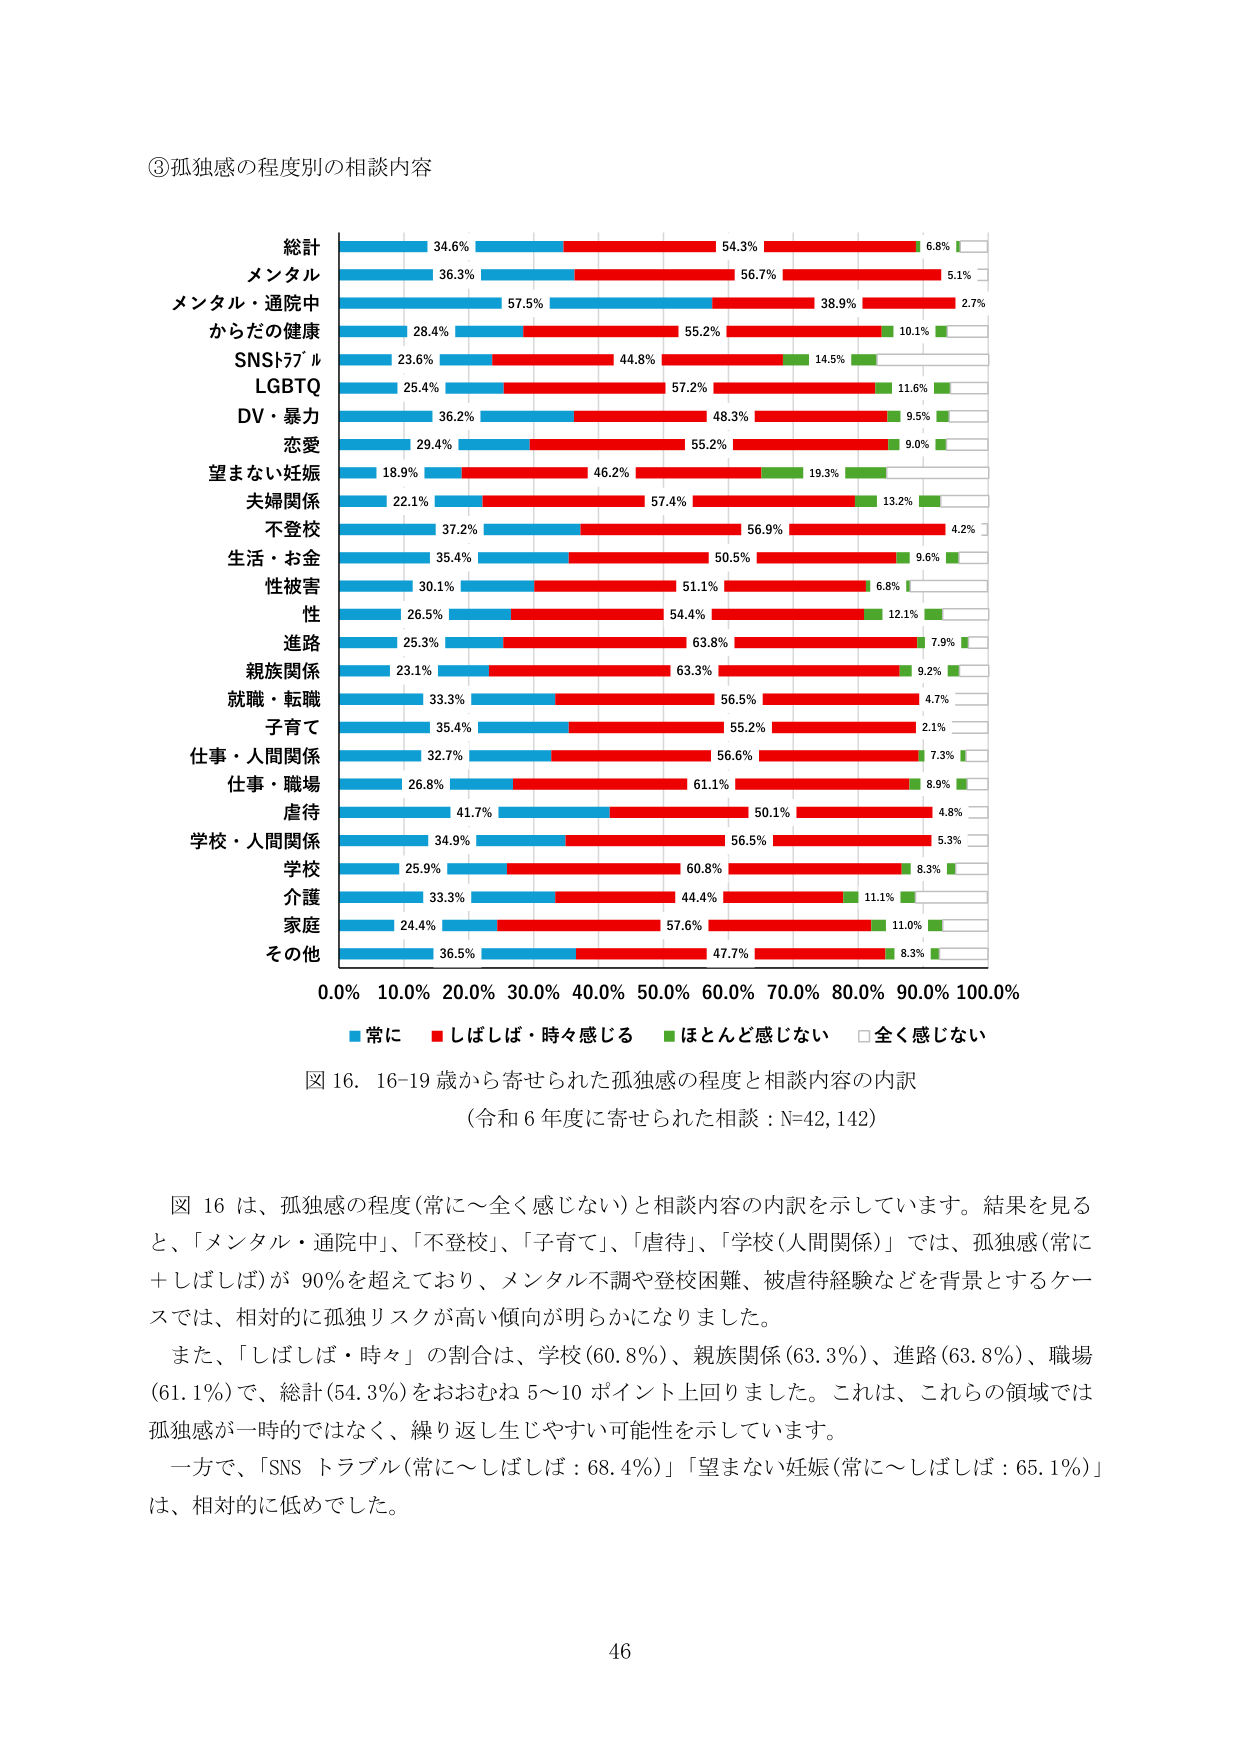
③孤独感の程度別の相談内容

総計 34.6% 54.3% 6.8%
メンタル 36.3% 56.7% 5.1%
メンタル・通院中 57.5% 38.9% 2.7%
からだの健康 28.4% 55.2% 10.1%
SNSトラブル 23.6% 44.8% 14.5%
LGBTQ 25.4% 57.2% 11.6%
DV・暴力 36.2% 48.3% 9.5%
恋愛 29.4% 55.2% 9.0%
望まない妊娠 18.9% 46.2% 19.3%
夫婦関係 22.1% 57.4% 13.2%
不登校 37.2% 56.9% 4.2%
生活・お金 35.4% 50.5% 9.6%
性被害 30.1% 51.1% 6.8%
性 26.5% 54.4% 12.1%
進路 25.3% 63.8% 7.9%
親族関係 23.1% 63.3% 9.2%
就職・転職 33.3% 56.5% 4.7%
子育て 35.4% 55.2% 2.1%
仕事・人間関係 32.7% 56.6% 7.3%
仕事・職場 26.8% 61.1% 8.9%
虐待 41.7% 50.1% 4.8%
学校・人間関係 34.9% 56.5% 5.3%
学校 25.9% 60.8% 8.3%
介護 33.3% 44.4% 11.1%
家庭 24.4% 57.6% 11.0%
その他 36.5% 47.7% 8.3%

0.0% 10.0% 20.0% 30.0% 40.0% 50.0% 60.0% 70.0% 80.0% 90.0% 100.0%
■常に ■しばしば・時々感じる ■ほとんど感じない □全く感じない

図16. 16-19歳から寄せられた孤独感の程度と相談内容の内訳
（令和6年度に寄せられた相談：N=42,142）

図16は、孤独感の程度（常に～全く感じない）と相談内容の内訳を示しています。結果を見ると、「メンタル・通院中」、「不登校」、「子育て」、「虐待」、「学校（人間関係）」では、孤独感（常に＋しばしば）が90％を超えており、メンタル不調や登校困難、被虐待経験などを背景とするケースでは、相対的に孤独リスクが高い傾向が明らかになりました。

また、「しばしば・時々」の割合は、学校（60.8％）、親族関係（63.3％）、進路（63.8％）、職場（61.1％）で、総計（54.3％）をおおむね5～10ポイント上回りました。これは、これらの領域では孤独感が一時的ではなく、繰り返し生じやすい可能性を示しています。

一方で、「SNSトラブル（常に～しばしば：68.4％）」「望まない妊娠（常に～しばしば：65.1％）」は、相対的に低めでした。

46